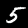
Digit: 5